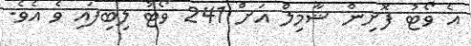
އެ ވޯޓު ފޮށިން ޝާމިލް އަށް 241 ވޯޓު ލިބިފައި ވެ އެވެ.